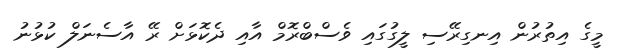
މީގެ އިތުރުން އިނގިރޭސި ލީގުގައި ވެސްބްރޮމް އާއި ދެކޮޅަށް ރޭ އާސެނަލް ކުޅުނު